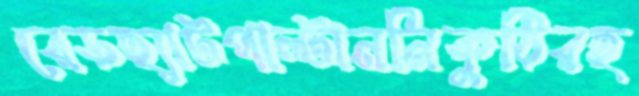
রেডহ্যাটপাল্টাননিকুঠিরহ